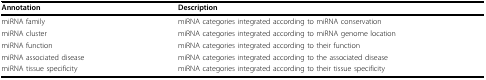
<table><thead><tr><td><b>Annotation</b></td><td><b>Description</b></td></tr></thead><tbody><tr><td>miRNA family </td><td>miRNA categories integrated according to miRNA conservation</td></tr><tr><td>miRNA cluster </td><td>miRNA categories integrated according to miRNA genome location</td></tr><tr><td>miRNA function </td><td>miRNA categories integrated according to their function</td></tr><tr><td>miRNA associated disease</td><td>miRNA categories integrated according to the associated disease</td></tr><tr><td>miRNA tissue specificity</td><td>miRNA categories integrated according to their tissue specificity </td></tr></tbody></table>